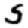
Digit: 5